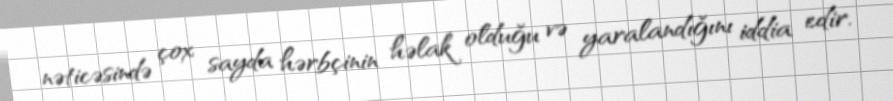
nəticəsində çox sayda hərbçinin həlak olduğu və yaralandığını iddia edir.